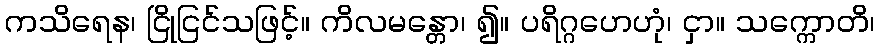
ကသိရေန၊ ငြိုငြင်သဖြင့်။ ကိလမန္တော၊ ၍။ ပရိဂ္ဂဟေဟုံ၊ ငှာ။ သက္ကောတိ၊